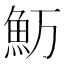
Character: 𱆤